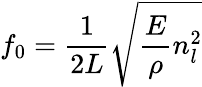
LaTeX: f_{0}=\frac{1}{2L}\sqrt{\frac{E}{\rho}n_{l}^{2}}